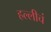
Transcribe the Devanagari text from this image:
हल्लीचं